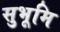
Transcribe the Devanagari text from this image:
सुभूमि